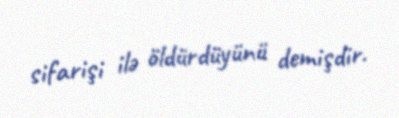
sifarişi ilə öldürdüyünü demişdir.